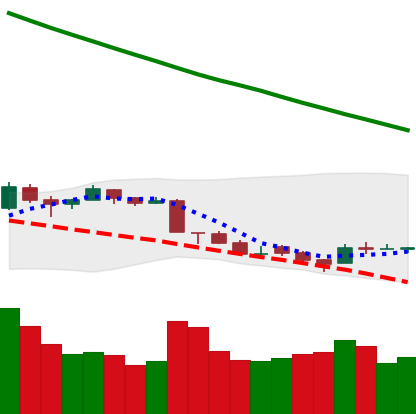
Ticker: TRX-USD
Chart end date: 2018-09-16
Forward return: 24.806%
Label: up_7plus